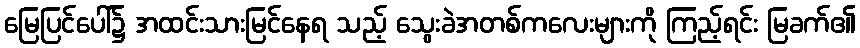
မြေပြင်ပေါ်၌ အထင်းသားမြင်နေရ သည့် သွေးခဲအတစ်ကလေးများကို ကြည့်ရင်း မြခက်၏